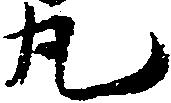
丸